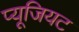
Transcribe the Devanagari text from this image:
प्यूजियट